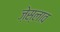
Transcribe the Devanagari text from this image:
ज़ेस्लाव